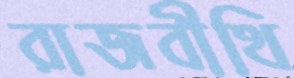
রাজবীথি